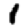
Digit: 1